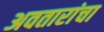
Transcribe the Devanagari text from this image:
अवतारांचा